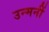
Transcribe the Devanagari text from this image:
उन्मनीं